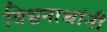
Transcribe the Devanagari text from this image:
विश्वनाथांनी